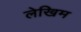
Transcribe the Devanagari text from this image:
लेखिम